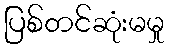
ပြစ်တင်ဆုံးမမှု